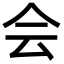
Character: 会